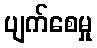
ပျက်စေမှု